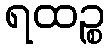
ရထဉ္စ